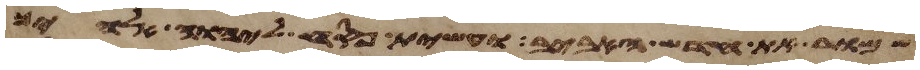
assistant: שמור את חדש האביב ועשית פסח ליהוה אלהיך